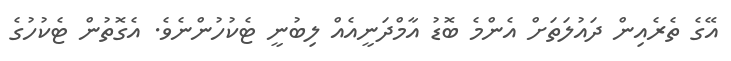
އޭގެ ތެރެއިން ދައުލަތަށް އެންމެ ބޮޑު އާމްދަނީއެއް ލިބުނީ ޓެކުހުންނެވެ. އެގޮތުން ޓެކުހުގެ